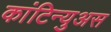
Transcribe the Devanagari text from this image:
कांटिन्युअस